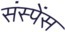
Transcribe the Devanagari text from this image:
संस्पेंस